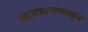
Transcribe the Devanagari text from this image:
आजारपणातून